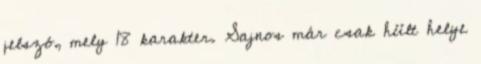
jelszó, mely 18 karakter. Sajnos már csak hült helye